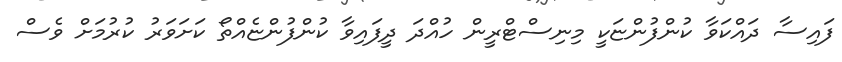
ފައިސާ ދައްކަވާ ކުންފުންޏަކީ މިނިސްޓްރީން ހުއްދަ ދީފައިވާ ކުންފުންޏެއްތޯ ކަށަވަރު ކުރުމަށް ވެސް